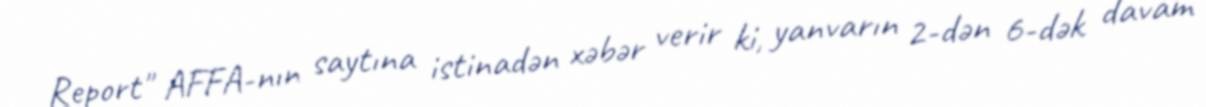
Report" AFFA-nın saytına istinadən xəbər verir ki, yanvarın 2-dən 6-dək davam